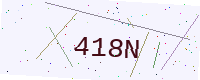
Text: 418N